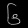
Digit: ၆